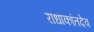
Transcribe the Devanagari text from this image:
राधाकांतदेव